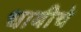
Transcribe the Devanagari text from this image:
धाबीचे